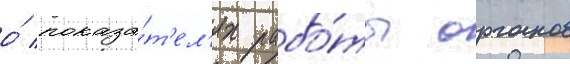
о́ показа́т'ел'ях рабо́ты органов